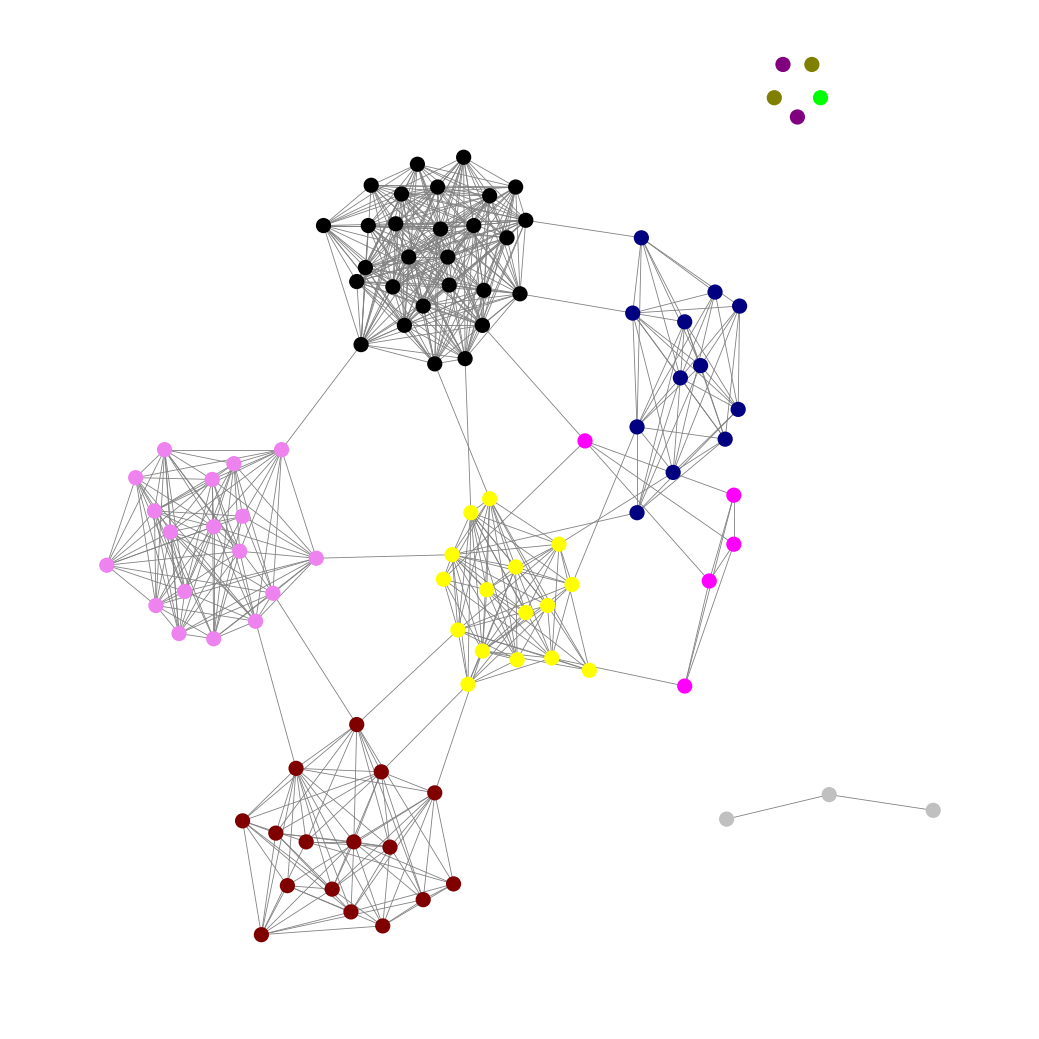
Graph connected: No
Number of connected components: 7
Number of singletons: 5
Total number of nodes: 103
Total number of edges: 616
Number of communities: 10
Community sizes:
Black: 28
Fuchsia: 5
Lime: 1
Maroon: 16
Navy: 12
Olive: 2
Purple: 2
Silver: 3
Violet: 18
Yellow: 16
Graph layout: tda
Graph generation method: erdos_renyi